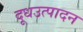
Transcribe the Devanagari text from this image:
दूधउत्पादन